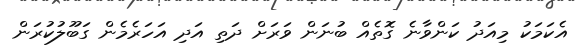
އެކަމަކު މިއަދު ކަންވާނެ ގޮތެއް ބުނަން ވަރަށް ދަތި އަދި އަހަރެމެން ގަބޫލުކުރަން